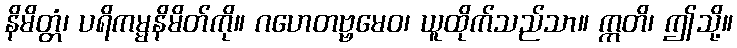
နိမိတ္တံ၊ ပရိကမ္မနိမိတ်ကို။ ဂဟေတဗ္ဗမေဝ၊ ယူထိုက်သည်သာ။ ဣတိ၊ ဤသို့။